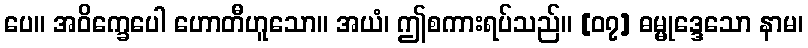
ပေ။ အဝိက္ခေပေါ ဟောတီဟူသော။ အယံ၊ ဤစကားရပ်သည်။ [၀၇] ဓမ္မုဒ္ဒေသော နာမ၊